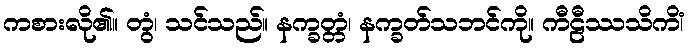
ကစားလို၏။ တွံ၊ သင်သည်။ နက္ခတ္တံ၊ နက္ခတ်သဘင်ကို။ ကီဠီဿသိကိံ၊